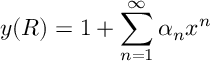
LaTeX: y ( R ) = 1 + \sum _ { n = 1 } ^ { \infty } \alpha _ { n } x ^ { n }